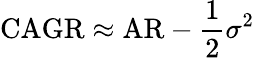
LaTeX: \mathrm{CAGR}\approx\mathrm{AR}-{\frac{1}{2}}\sigma^{2}